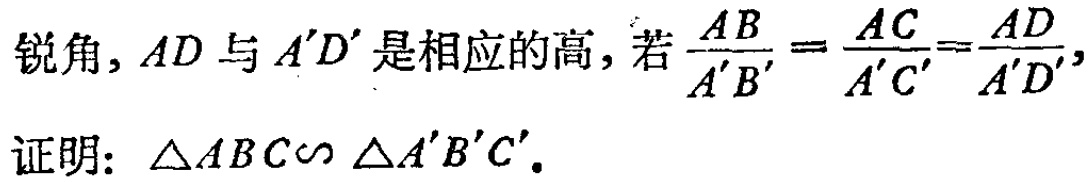
锐角，$AD$与$A'D'$是相应的高，若$\dfrac{AB}{A'B'}=\dfrac{AC}{A'C'}=\dfrac{AD}{A'D'}$，

证明：$\triangle ABC\sim \triangle A'B'C'$.